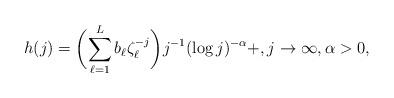
LaTeX: \begin{align*}h(j)=\biggl(\sum_{\ell=1}^L b_\ell \zeta_\ell^{-j} \biggr) j^{-1}(\log j)^{-\alpha}+, j\to\infty, \alpha>0,\end{align*}